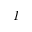
I